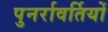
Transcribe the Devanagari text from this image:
पुनर्रावर्तियों